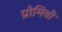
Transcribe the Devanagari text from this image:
प्रोमिथी